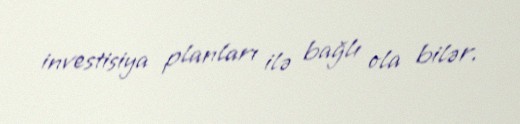
investisiya planları ilə bağlı ola bilər.